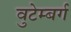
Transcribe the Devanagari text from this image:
वुटेम्बर्ग